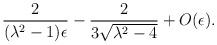
LaTeX: \begin{align*}{2 \over (\lambda^2 - 1)\epsilon} - {2 \over 3\sqrt{\lambda^2 - 4}} +O(\epsilon).\end{align*}